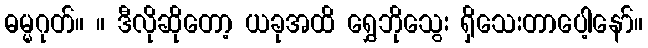
ဓမ္မဂုတ်။ ။ ဒီလိုဆိုတော့ ယခုအထိ ရွှေဘိုသွေး ရှိသေးတာပေါ့နော်။